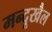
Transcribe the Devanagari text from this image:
मन्दूखैल